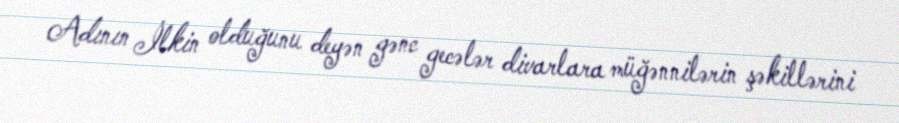
Adının İlkin olduğunu deyən gənc gecələr divarlara müğənnilərin şəkillərini